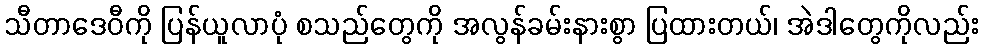
သီတာဒေဝီကို ပြန်ယူလာပုံ စသည်တွေကို အလွန်ခမ်းနားစွာ ပြထားတယ်၊ အဲဒါတွေကိုလည်း